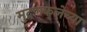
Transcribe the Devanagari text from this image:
मुद्रणकलेच्या